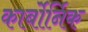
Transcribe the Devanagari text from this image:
कार्बोर्निक